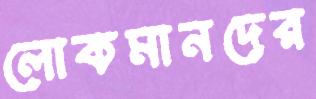
লোকমানদের